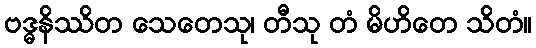
ဗဒ္ဓနိဿိတ သေတေသု၊ တီသု တံ မိဟိတေ သိတံ။